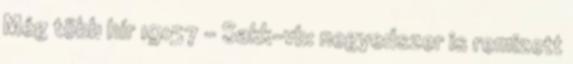
Még több hír 19:57 - Sakk-vb: negyedszer is remizett